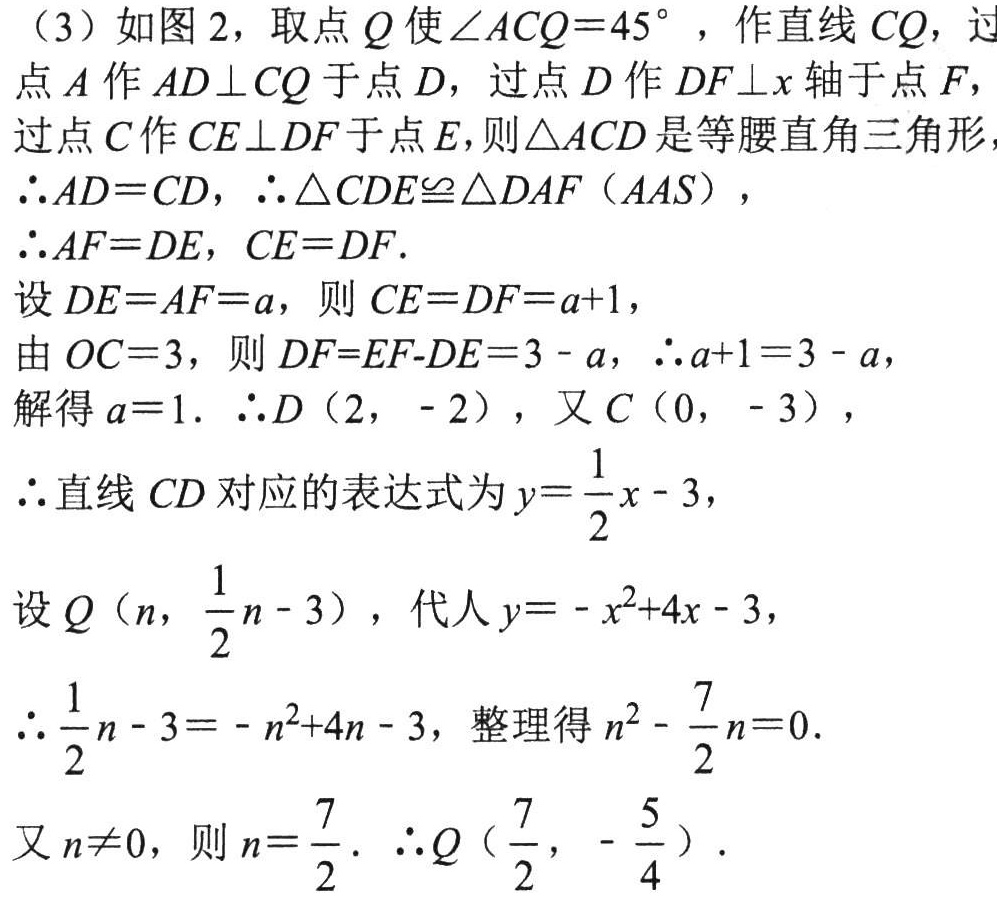
（3）如图 2，取点 \(Q\) 使 \(\angle ACQ = 45^{\circ}\) ，作直线 \(CQ\)，过点 \(A\) 作 \(AD\perp CQ\) 于点 \(D\)，过点 \(D\) 作 \(DF\perp x\) 轴于点 \(F\)，过点 \(C\) 作 \(CE\perp DF\) 于点 \(E\)，则 \(\triangle ACD\) 是等腰直角三角形，
\(\therefore AD = CD\)，\(\therefore\triangle CDE\cong\triangle DAF(AAS)\)，
\(\therefore AF = DE\)，\(CE = DF\).
设 \(DE = AF = a\)，则 \(CE = DF = a + 1\)，
由 \(OC = 3\)，则 \(DF=EF - DE = 3 - a\)，\(\therefore a + 1 = 3 - a\)，
解得 \(a = 1\). \(\therefore D(2,-2)\)，又 \(C(0,-3)\)，
\(\therefore\) 直线 \(CD\) 对应的表达式为 \(y=\frac{1}{2}x - 3\)，
设 \(Q(n,\frac{1}{2}n - 3)\)，代人 \(y = -x^{2}+4x - 3\)，
\(\therefore\frac{1}{2}n - 3 = -n^{2}+4n - 3\)，整理得 \(n^{2}-\frac{7}{2}n = 0\).
又 \(n\neq0\)，则 \(n=\frac{7}{2}\). \(\therefore Q(\frac{7}{2},-\frac{5}{4})\).